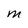
Character: M